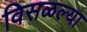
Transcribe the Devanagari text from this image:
विसळल्या